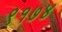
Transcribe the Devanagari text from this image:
९१७४